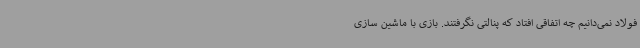
فولاد نمی‌دانیم چه اتفاقی افتاد که پنالتی نگرفتند. بازی با ماشین سازی